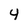
Character: 4